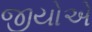
જીયોએ